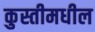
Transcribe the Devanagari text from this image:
कुस्तीमधील